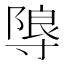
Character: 𭔼